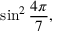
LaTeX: \sin ^ { 2 } { \frac { 4 \pi } { 7 } } ,